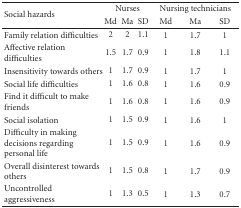
<table><thead><tr><td rowspan="2"><b>Social hazards</b></td><td colspan="3"><b>Nurses</b></td><td colspan="3"><b>Nursing technicians</b></td></tr><tr><td><b>Md</b></td><td><b>Ma</b></td><td><b>SD</b></td><td><b>Md</b></td><td><b>Ma</b></td><td><b>SD</b></td></tr></thead><tbody><tr><td>Family relation difficulties</td><td>2</td><td>2</td><td>1.1</td><td>1</td><td>1.7</td><td>1</td></tr><tr><td>Affective relation difficulties</td><td>1.5</td><td>1.7</td><td>0.9</td><td>1</td><td>1.8</td><td>1.1</td></tr><tr><td>Insensitivity towards others</td><td>1</td><td>1.7</td><td>0.9</td><td>1</td><td>1.7</td><td>1</td></tr><tr><td>Social life difficulties</td><td>1</td><td>1.6</td><td>0.8</td><td>1</td><td>1.6</td><td>0.9</td></tr><tr><td>Find it difficult to make friends</td><td>1</td><td>1.6</td><td>0.8</td><td>1</td><td>1.6</td><td>0.9</td></tr><tr><td>Social isolation</td><td>1</td><td>1.5</td><td>0.9</td><td>1</td><td>1.6</td><td>1</td></tr><tr><td>Difficulty in making decisions regarding personal life</td><td>1</td><td>1.5</td><td>0.9</td><td>1</td><td>1.6</td><td>0.9</td></tr><tr><td>Overall disinterest towards others</td><td>1</td><td>1.5</td><td>0.8</td><td>1</td><td>1.7</td><td>0.9</td></tr><tr><td>Uncontrolled aggressiveness</td><td>1</td><td>1.3</td><td>0.5</td><td>1</td><td>1.3</td><td>0.7</td></tr></tbody></table>